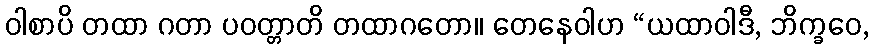
ဝါစာပိ တထာ ဂတာ ပဝတ္တာတိ တထာဂတော။ တေနေဝါဟ “ယထာဝါဒီ, ဘိက္ခဝေ,